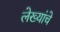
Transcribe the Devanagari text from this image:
लेख्यांचे